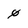
Character: 0